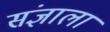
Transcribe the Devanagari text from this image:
संज्ञाला